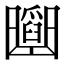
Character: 𠚡